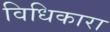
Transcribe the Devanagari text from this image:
विधिकारा